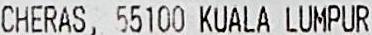
CHERAS, 55100 KUALA LUMPUR